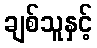
ချစ်သူနှင့်